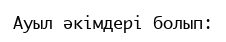
Ауыл әкімдері болып: